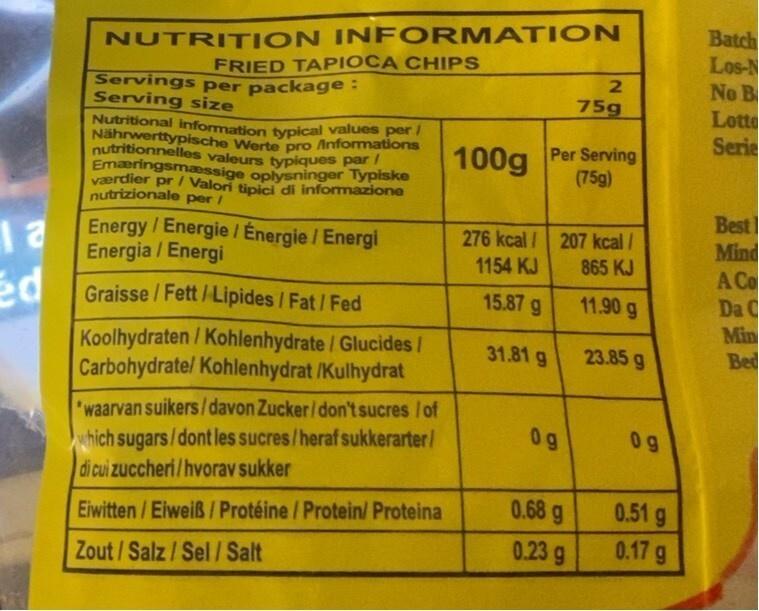
12
ed
NUTRITION INFORMATION
FRIED TAPIOCA CHIPS
Servings per package : Serving size
Nutritional information typical values per Nährwerttypische Werte pro Anformations nutritionnelles valeurs typiques par Emæringsmæssige oplysninger Typiske værdier pr / Valori tipici di informazione nutrizionale per /
Energy / Energie / Énergie / Energi Energia / Energi
Graisse/Fett/Lipides /Fat/Fed
Koolhydraten/Kohlenhydrate / Glucides/ Carbohydrate/ Kohlenhydrat /Kulhydrat
*waarvan suikers/davon Zucker/don't sucres /of which sugars/dont les sucres/heraf sukkerarter/ di cui zuccheri/hvorav sukker
Eiwitten/Eiweiß/ Protéine / Protein/ Proteina
Zout/Salz/Sel / Salt
100g
15.87 g
276 kcal/207 kcal/
1154 KJ
865 KJ
11.90 g
31.81 g
Per Serving
(75g)
0g
2
75g
0.68 g
0.23 g
23.85 g
0g
0.51 g
0.17 g
Batch
Los-N
No B
Lotte
Serie
Best
Mind
A Co
Da C
Min
Bed